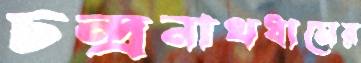
চন্দ্রনাথধামের